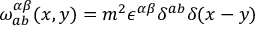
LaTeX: \omega _ { a b } ^ { \alpha \beta } ( x , y ) = m ^ { 2 } \epsilon ^ { \alpha \beta } \delta ^ { a b } \delta ( x - y )